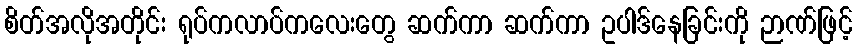
စိတ်အလိုအတိုင်း ရုပ်ကလာပ်ကလေးတွေ ဆက်ကာ ဆက်ကာ ဥပါဒ်နေခြင်းကို ဉာဏ်ဖြင့်